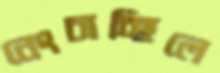
নেংচাচ্ছিলে